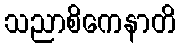
သညာစိကေနာတိ